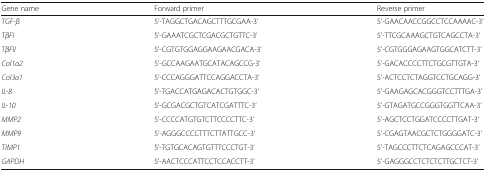
| Gene name | Forward primer | Reverse primer |
 | --- | --- | --- |
 | TGF-β | 5’-TAGGCTGACAGCTTTGCGAA-3’ | 5’-GAACAACCGGCCTCCAAAAC-3’ |
 | TβFI | 5’-GAAATCGCTCGACGCTGTTC-3’ | 5’-TTCGCAAAGCTGTCAGCCTA-3’ |
 | TβFII | 5’-CGTGTGGAGGAAGAACGACA-3’ | 5’-CGTGGGAGAAGTGGCATCTT-3’ |
 | Col1a2 | 5’-GCCAAGAATGCATACAGCCG-3’ | 5’-GACACCCCTTCTGCGTTGTA-3’ |
 | Col3a1 | 5’-CCCAGGGATTCCAGGACCTA-3’ | 5’-ACTCCTCTAGGTCCTGCAGG-3’ |
 | IL-8 | 5’-TGACCATGAGACACTGTGGC-3’ | 5’-GAAGAGCACGGGTCCTTTGA-3’ |
 | IL-10 | 5’-GCGACGCTGTCATCGATTTC-3’ | 5’-GTAGATGCCGGGTGGTTCAA-3’ |
 | MMP2 | 5’-CCCCATGTGTCTTCCCCTTC-3’ | 5’-AGCTCCTGGATCCCCTTGAT-3’ |
 | MMP9 | 5’-AGGGCCCCTTTCTTATTGCC-3’ | 5’-CGAGTAACGCTCTGGGGATC-3’ |
 | TIMP1 | 5’-TGTGCACAGTGTTTCCCTGT-3’ | 5’-TAGCCCTTCTCAGAGCCCAT-3’ |
 | GAPDH | 5’-AACTCCCATTCCTCCACCTT-3’ | 5’-GAGGGCCTCTCTCTTGCTCT-3’ |